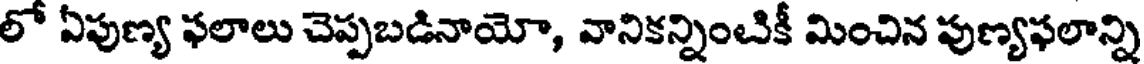
లో ఏపుణ్య ఫలాలు చెప్పబడినాయో, వానికన్నించికీ మించిన పుణ్యఫలాన్ని